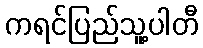
ကရင်ပြည်သူ့ပါတီ